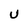
Character: U